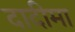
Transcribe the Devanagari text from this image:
दादीमा